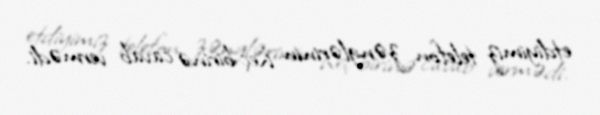
etdiyimiz telefon zənglərinin heç birinə cavab vermədi.